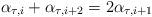
LaTeX: \begin{align*}\alpha_{\tau,i}+\alpha_{\tau, i+2} = 2 \alpha_{\tau, i+1}\end{align*}